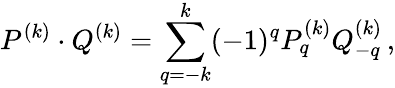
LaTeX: {P^{(k)}}\cdot{{Q}^{(k)}}=\sum_{q=-k}^{k}(-1)^{q}P_{q}^{(k)}{Q}_{-q}^{(k)}\, ,